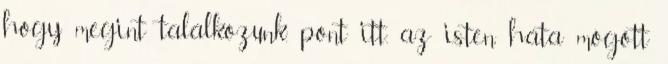
hogy megint találkozunk. pont itt, az isten háta mögött